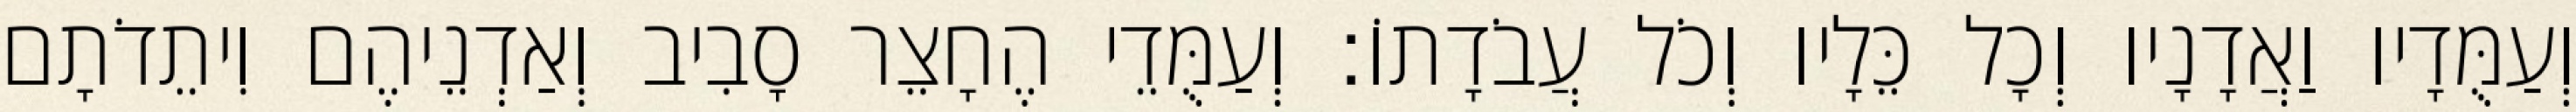
וְעַמֻּדָיו וַאֲדָנָיו וְכָל כֵּלָיו וְכֹל עֲבֹדָתוֹ׃ וְעַמֻּדֵי הֶחָצֵר סָבִיב וְאַדְנֵיהֶם וִיתֵדֹתָם